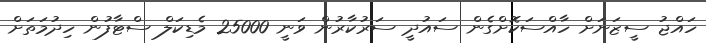
ހައްޖު ސީޒަނަށް ހާއްސަކޮށްގެން ސައުދީ ސަރުކާރުން ވަނީ 25000 މެޑިކަލް ސްޓާފުން ހިދުމަތަށް